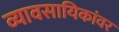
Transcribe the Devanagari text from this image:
व्यावसायिकांवर